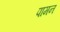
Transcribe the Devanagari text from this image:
पामन